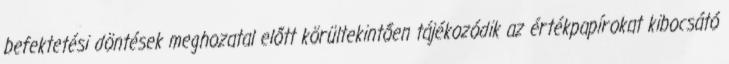
befektetési döntések meghozatal előtt körültekintően tájékozódik az értékpapírokat kibocsátó